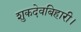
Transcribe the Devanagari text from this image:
शुकदेवबिहारी।